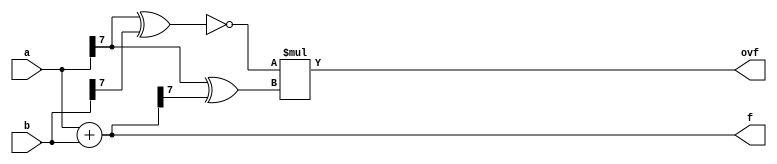
module eightbit_adder(a, b, f, ovf);

    input signed [7:0] a = 8'dX;
    input signed [7:0] b = 8'dX;
    
    wire [2:0] cout;
    wire [2:0] cin;
    
    output signed [7:0] f;
    output ovf;
    
    assign f = a + b;
    //assign {cout, f} = a[7:0] + b[7:0] + cin;
    assign ovf = (~(a[7] ^ b[7])) * (a[7] ^ f[7]);
    
    
     
endmodule